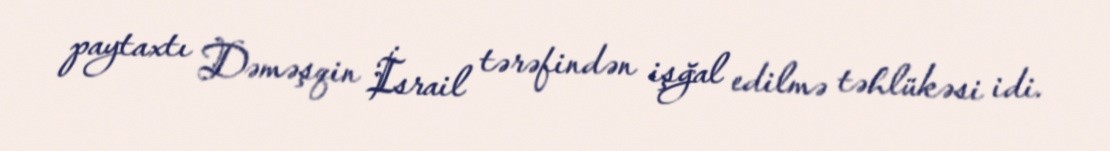
paytaxtı Dəməşqin İsrail tərəfindən işğal edilmə təhlükəsi idi.